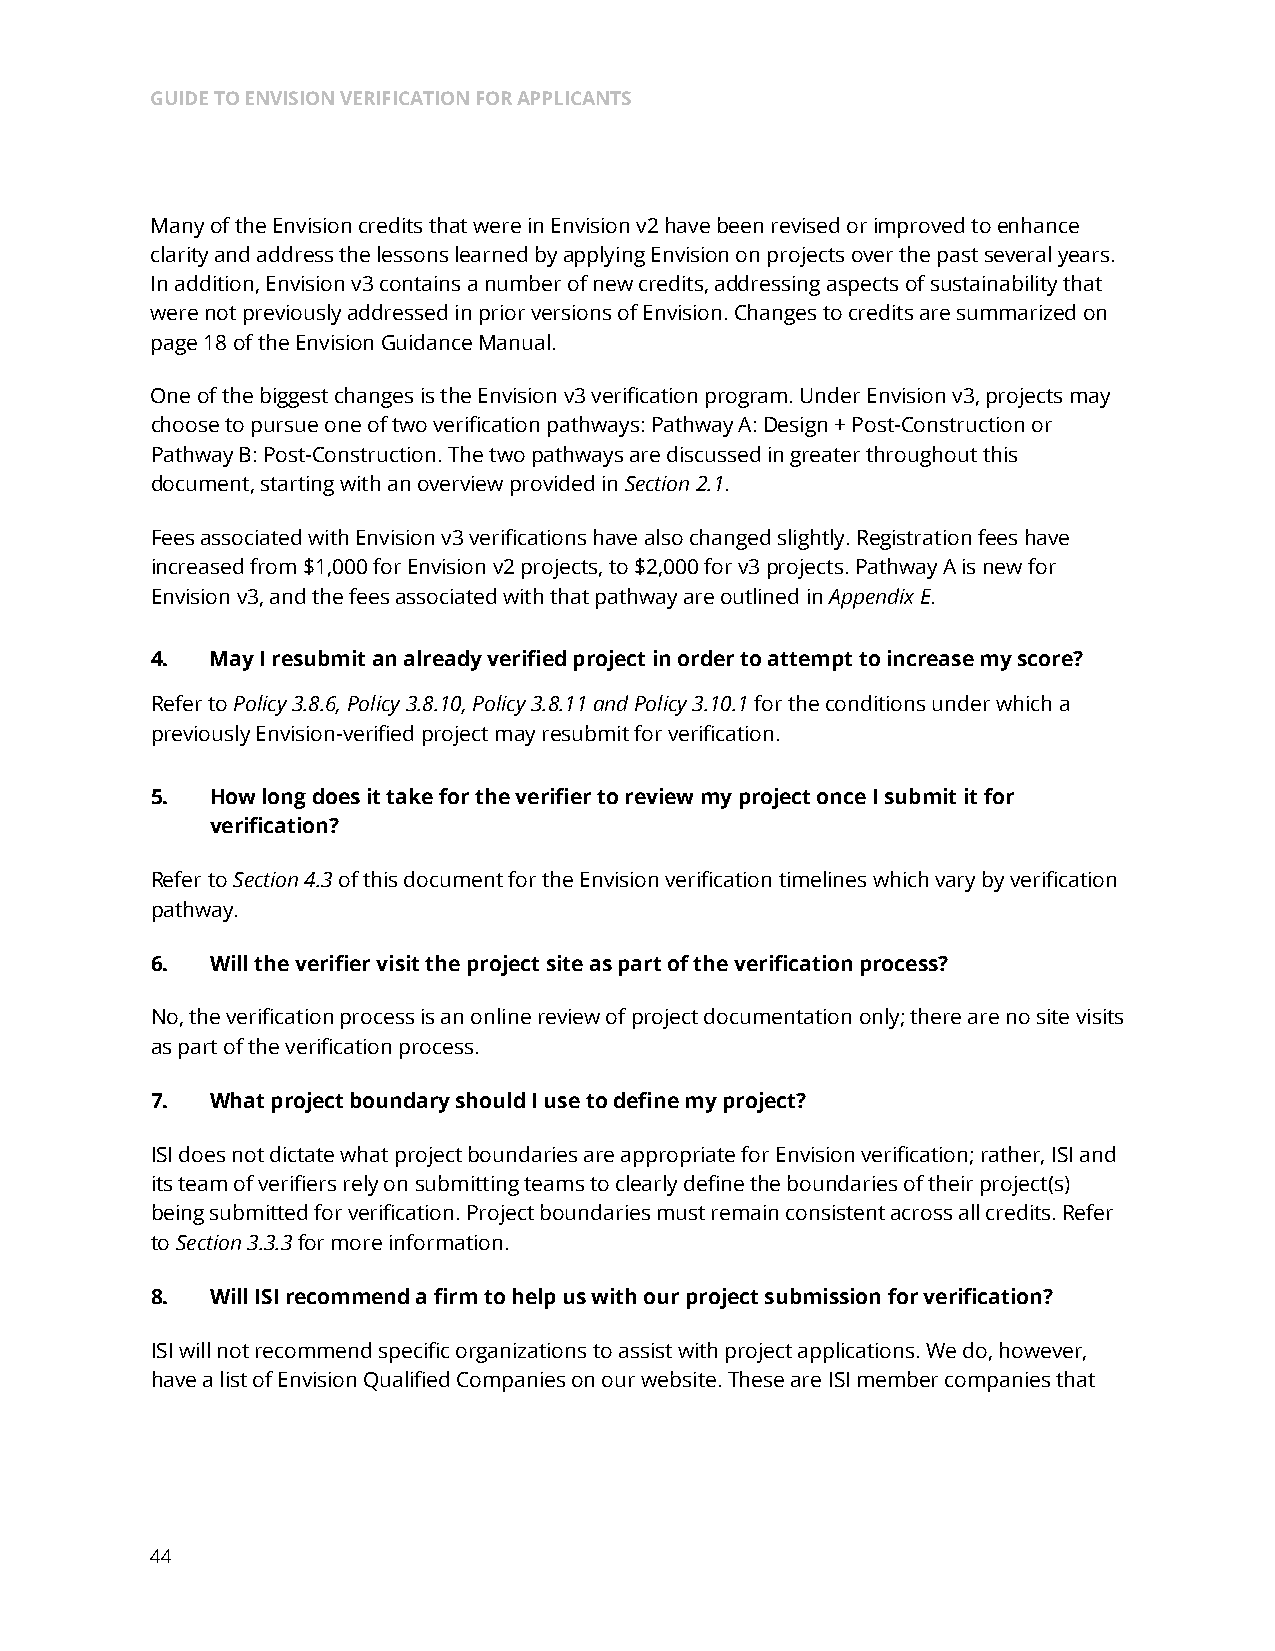
GUIDE TO ENVISION VERIFICATION FOR APPLICANTS
 Many of the Envision credits that were in Envision v2 have been revised or improved to enhance
 clarity and address the lessons learned by applying Envision on projects over the past several years.
 In addition, Envision v3 contains a number of new credits, addressing aspects of sustainability that
 were not previously addressed in prior versions of Envision. Changes to credits are summarized on
 page 18 of the Envision Guidance Manual.
 One of the biggest changes is the Envision v3 verification program. Under Envision v3, projects may
 choose to pursue one of two verification pathways: Pathway A: Design + Post-Construction or
 Pathway B: Post-Construction. The two pathways are discussed in greater throughout this
 document, starting with an overview provided in Section 2.1.
 Fees associated with Envision v3 verifications have also changed slightly. Registration fees have
 increased from $1,000 for Envision v2 projects, to $2,000 for v3 projects. Pathway A is new for
 Envision v3, and the fees associated with that pathway are outlined in Appendix E.
 4.  May I resubmit an already verified project in order to attempt to increase my score?
 Refer to Policy 3.8.6, Policy 3.8.10, Policy 3.8.11 and Policy 3.10.1 for the conditions under which a
 previously Envision-verified project may resubmit for verification.
 5.  How long does it take for the verifier to review my project once I submit it for
 verification?
 Refer to Section 4.3 of this document for the Envision verification timelines which vary by verification
 pathway.
 6.  Will the verifier visit the project site as part of the verification process?
 No, the verification process is an online review of project documentation only; there are no site visits
 as part of the verification process.
 7.  What project boundary should I use to define my project?
 ISI does not dictate what project boundaries are appropriate for Envision verification; rather, ISI and
 its team of verifiers rely on submitting teams to clearly define the boundaries of their project(s)
 being submitted for verification. Project boundaries must remain consistent across all credits. Refer
 to Section 3.3.3 for more information.
 8.  Will ISI recommend a firm to help us with our project submission for verification?
 ISI will not recommend specific organizations to assist with project applications. We do, however,
 have a list of Envision Qualified Companies on our website. These are ISI member companies that
 44